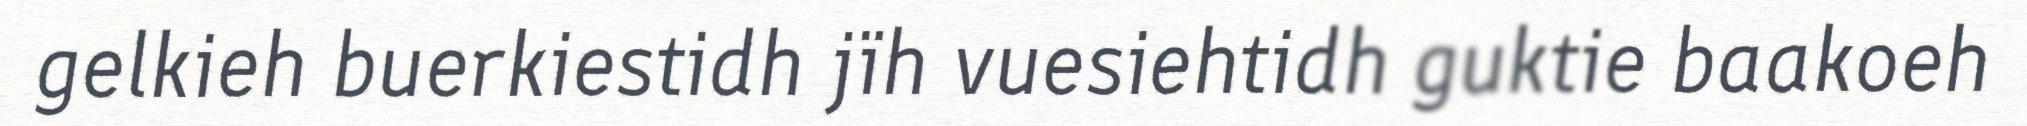
gelkieh buerkiestidh jïh vuesiehtidh guktie baakoeh